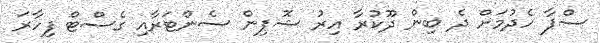
ސްޕާ ހެދުމަށް ދެ ބިން ދޫކުރާ އިރު ޝޮޕިން ސެންޓަރާއި ގެސްޓް ފިހާރަ